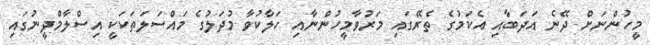
މީހުންނަށް ދޭނެ އަދަބާއި އެކަމުގެ ތެރޭގައި މަރުވާމީހުންނާއި ހަލާކުވާ މުދަލުގެ މައްސަލަތަކަކީ އިސްލާމްދީނުގައި